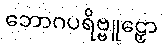
ဘောဂပရိဗ္ဗူဠှော